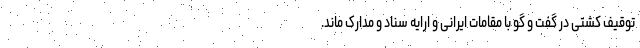
توقیف کشتی در گفت و گو با مقامات ایرانی و ارایه سناد و مدارک ماند.